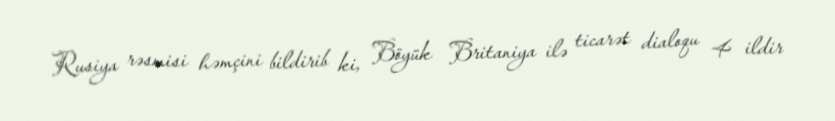
Rusiya rəsmisi həmçini bildirib ki, Böyük Britaniya ilə ticarət dialoqu 4 ildir